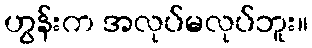
ဟွန်းက အလုပ်မလုပ်ဘူး။